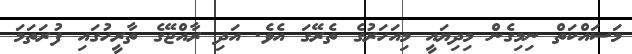
މަސައްކަތް ނިމިގެން މިދިޔައީ މިއަހަރުގެ ތެރޭގަ އެވެ. އަދި ރާއްޖޭގެ ތާރީހުގައި ފުރަތަމަ